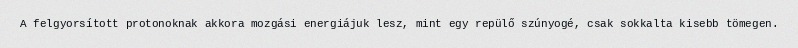
A felgyorsított protonoknak akkora mozgási energiájuk lesz, mint egy repülő szúnyogé, csak sokkalta kisebb tömegen.